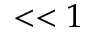
< < 1